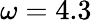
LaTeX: \omega=4.3